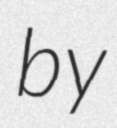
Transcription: by